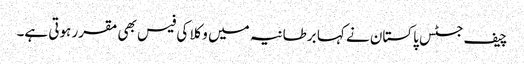
چیف جسٹس پاکستان نے کہا برطانیہ میں وکلا کی فیس بھی مقرر ہوتی ہے۔